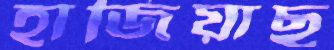
হাজিয়াছ